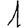
Digit: 1